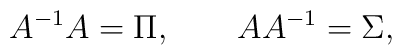
A^{-1} A = \Pi, \qquad A A^{-1} = \Sigma,